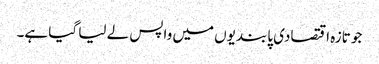
جو تازہ اقتصادی پابندیوں میں واپس لے لیا گیا ہے۔